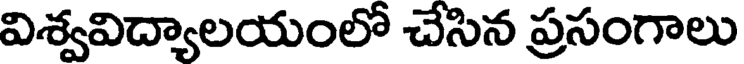
విశ్వవిద్యాలయంలో చేసిన ప్రసంగాలు